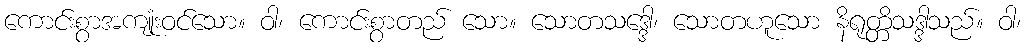
ကောင်းစွာအကျုံးဝင်သော။ ဝါ၊ ကောင်းစွာတည် သော။ သောတသဒ္ဒေါ၊ သောတဟူသော နိရုတ္တိသဒ္ဒါသည်။ ဝါ၊